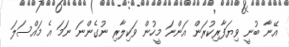
އޭނާ ބުނީ ވިޔަފާރިކުރަން އަންނަ މީހުން ވަކިލާރި ނުގެންނަ ނަމަ އެ މައްސަލަ